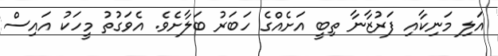
އަލި މަނިކާއި ފަރުޒާނާ ތިބީ އަށެއްގެ ހަބަރު ބަލާށެވެ. އެވަގުތު މީހަކު އައިސް